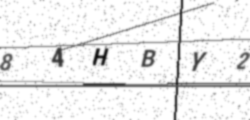
Text: 84HBY2